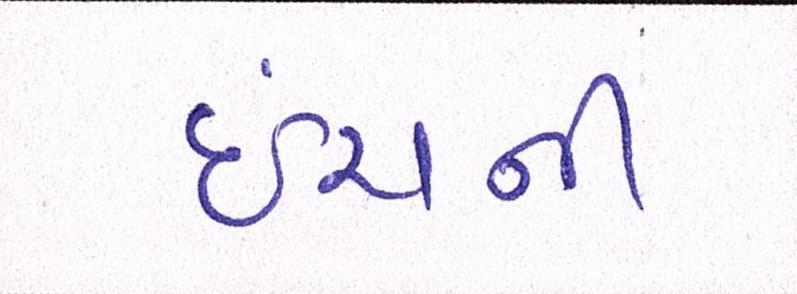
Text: ઇંચની